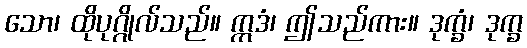
သော၊ ထိုပုဂ္ဂိုလ်သည်။ ဣဒံ၊ ဤသည်ကား။ ဒုက္ခံ၊ ဒုက္ခ